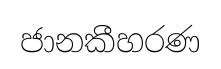
ජානකීහරණ